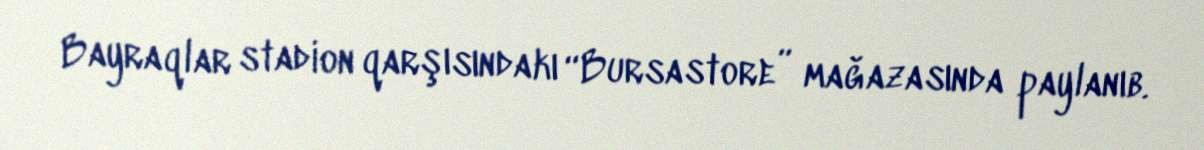
Bayraqlar stadion qarşısındakı “Bursastore” mağazasında paylanıb.